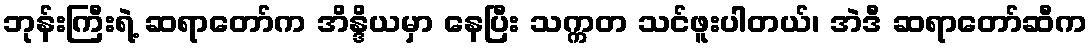
ဘုန်းကြီးရဲ့ ဆရာတော်က အိန္ဒိယမှာ နေပြီး သက္ကတ သင်ဖူးပါတယ်၊ အဲဒီ ဆရာတော်ဆီက